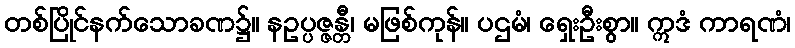
တစ်ပြိုင်နက်သောခဏ၌။ နဥပ္ပဇ္ဇန္တီ၊ မဖြစ်ကုန်။ ပဌမံ၊ ရှေးဦးစွာ။ ဣဒံ ကာရဏံ၊